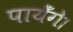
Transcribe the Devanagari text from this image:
पायेँगे।